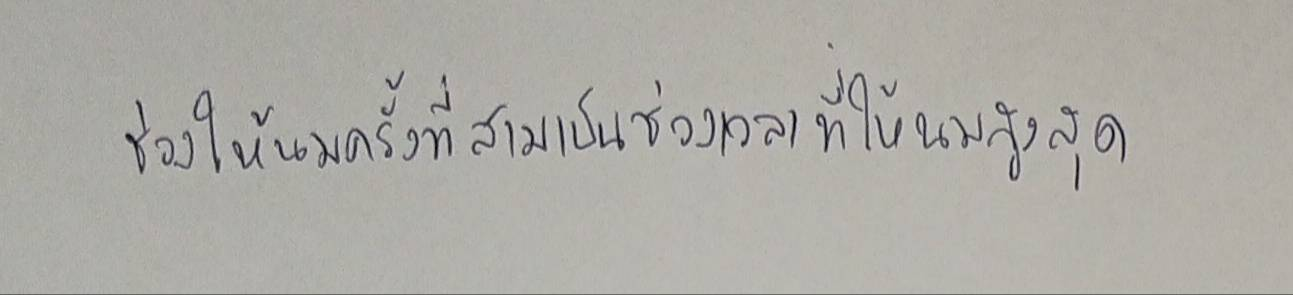
ช่วงให้นมครั้งที่สามเป็นช่วงเวลาที่ให้นมสูงสุด